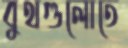
বুথগুলোতে